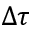
\Delta \tau